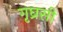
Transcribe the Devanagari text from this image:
गृघ्रसी